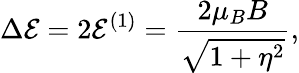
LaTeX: \Delta\mathcal{E}=2\mathcal{E}^{(1)}=\frac{2\mu_{B}B}{\sqrt{1+\eta^{2}}},